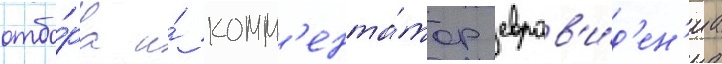
отбо́ра и́ комм'ента́тор евров'и́д'ен'иа